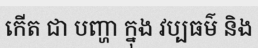
កើត ជា បញ្ហា ក្នុង វប្បធម៌ និង